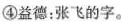
④益德:张飞的字。